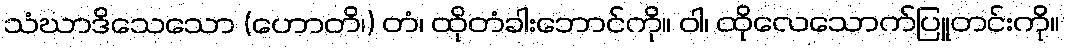
သံဃာဒိသေသော (ဟောတိ၊) တံ၊ ထိုတံခါးဘောင်ကို။ ဝါ၊ ထိုလေသောက်ပြူတင်းကို။